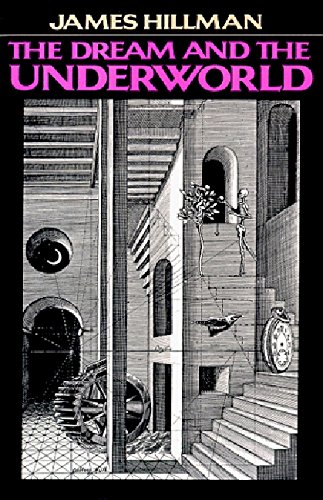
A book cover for The Dream and the Underworld; James Hillman; Self-Help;